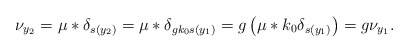
\begin{align*} \nu_{y_2} = \mu * \delta_{s(y_2)} = \mu * \delta_{gk_0 s(y_1)} = g \left(\mu * k_0 \delta_{ s(y_1)}\right) = g \nu_{y_1}.\end{align*}